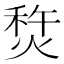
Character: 㷏